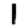
Digit: 1